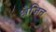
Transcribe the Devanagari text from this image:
क्षैजित